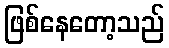
ဖြစ်နေတော့သည်